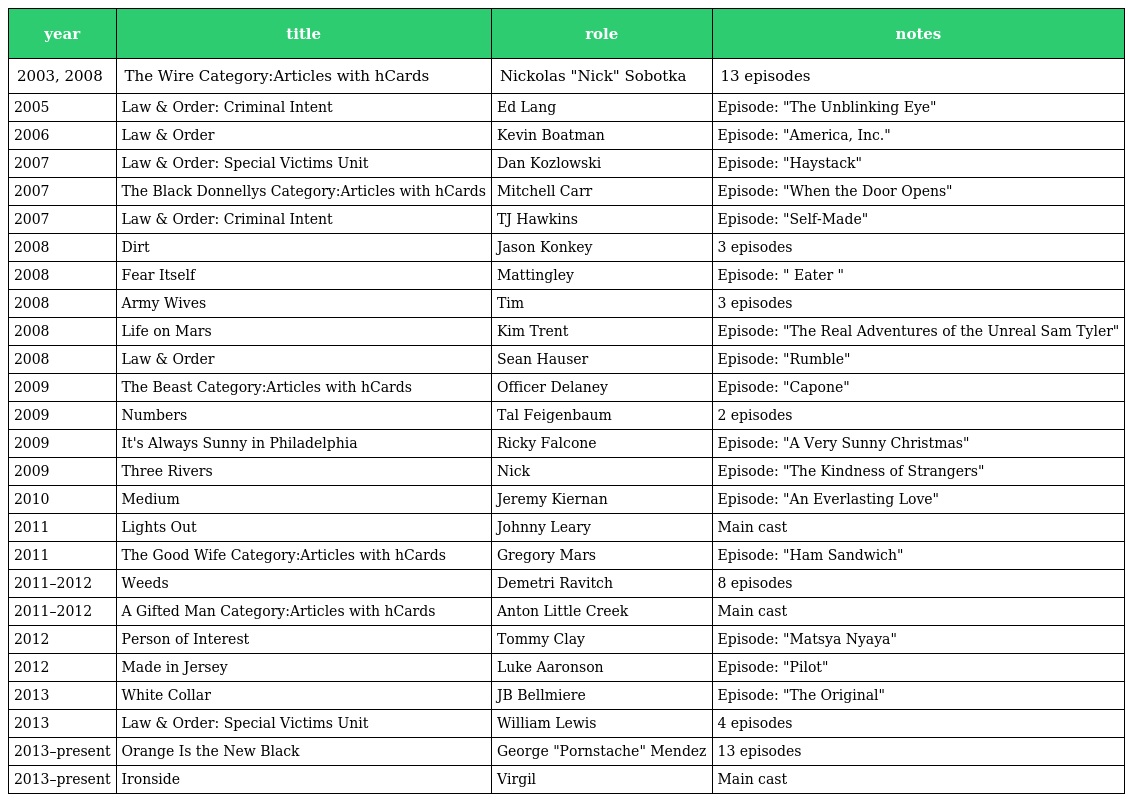
| year | title | role | notes |
 | --- | --- | --- | --- |
 | 2003, 2008 | The Wire Category:Articles with hCards | Nickolas "Nick" Sobotka | 13 episodes |
 | 2005 | Law & Order: Criminal Intent | Ed Lang | Episode: "The Unblinking Eye" |
 | 2006 | Law & Order | Kevin Boatman | Episode: "America, Inc." |
 | 2007 | Law & Order: Special Victims Unit | Dan Kozlowski | Episode: "Haystack" |
 | 2007 | The Black Donnellys Category:Articles with hCards | Mitchell Carr | Episode: "When the Door Opens" |
 | 2007 | Law & Order: Criminal Intent | TJ Hawkins | Episode: "Self-Made" |
 | 2008 | Dirt | Jason Konkey | 3 episodes |
 | 2008 | Fear Itself | Mattingley | Episode: " Eater " |
 | 2008 | Army Wives | Tim | 3 episodes |
 | 2008 | Life on Mars | Kim Trent | Episode: "The Real Adventures of the Unreal Sam Tyler" |
 | 2008 | Law & Order | Sean Hauser | Episode: "Rumble" |
 | 2009 | The Beast Category:Articles with hCards | Officer Delaney | Episode: "Capone" |
 | 2009 | Numbers | Tal Feigenbaum | 2 episodes |
 | 2009 | It's Always Sunny in Philadelphia | Ricky Falcone | Episode: "A Very Sunny Christmas" |
 | 2009 | Three Rivers | Nick | Episode: "The Kindness of Strangers" |
 | 2010 | Medium | Jeremy Kiernan | Episode: "An Everlasting Love" |
 | 2011 | Lights Out | Johnny Leary | Main cast |
 | 2011 | The Good Wife Category:Articles with hCards | Gregory Mars | Episode: "Ham Sandwich" |
 | 2011–2012 | Weeds | Demetri Ravitch | 8 episodes |
 | 2011–2012 | A Gifted Man Category:Articles with hCards | Anton Little Creek | Main cast |
 | 2012 | Person of Interest | Tommy Clay | Episode: "Matsya Nyaya" |
 | 2012 | Made in Jersey | Luke Aaronson | Episode: "Pilot" |
 | 2013 | White Collar | JB Bellmiere | Episode: "The Original" |
 | 2013 | Law & Order: Special Victims Unit | William Lewis | 4 episodes |
 | 2013–present | Orange Is the New Black | George "Pornstache" Mendez | 13 episodes |
 | 2013–present | Ironside | Virgil | Main cast |